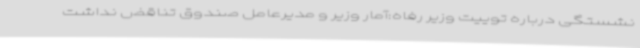
نشستگی درباره توییت وزیر رفاه:آمار وزیر و مدیرعامل صندوق تناقض نداشت